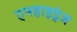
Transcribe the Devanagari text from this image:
एनहाइड्रेज